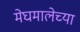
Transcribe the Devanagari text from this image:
मेघमालेच्या